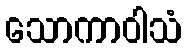
သောကာဝါသံ